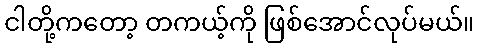
ငါတို့ကတော့ တကယ့်ကို ဖြစ်အောင်လုပ်မယ်။